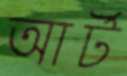
আর্ট